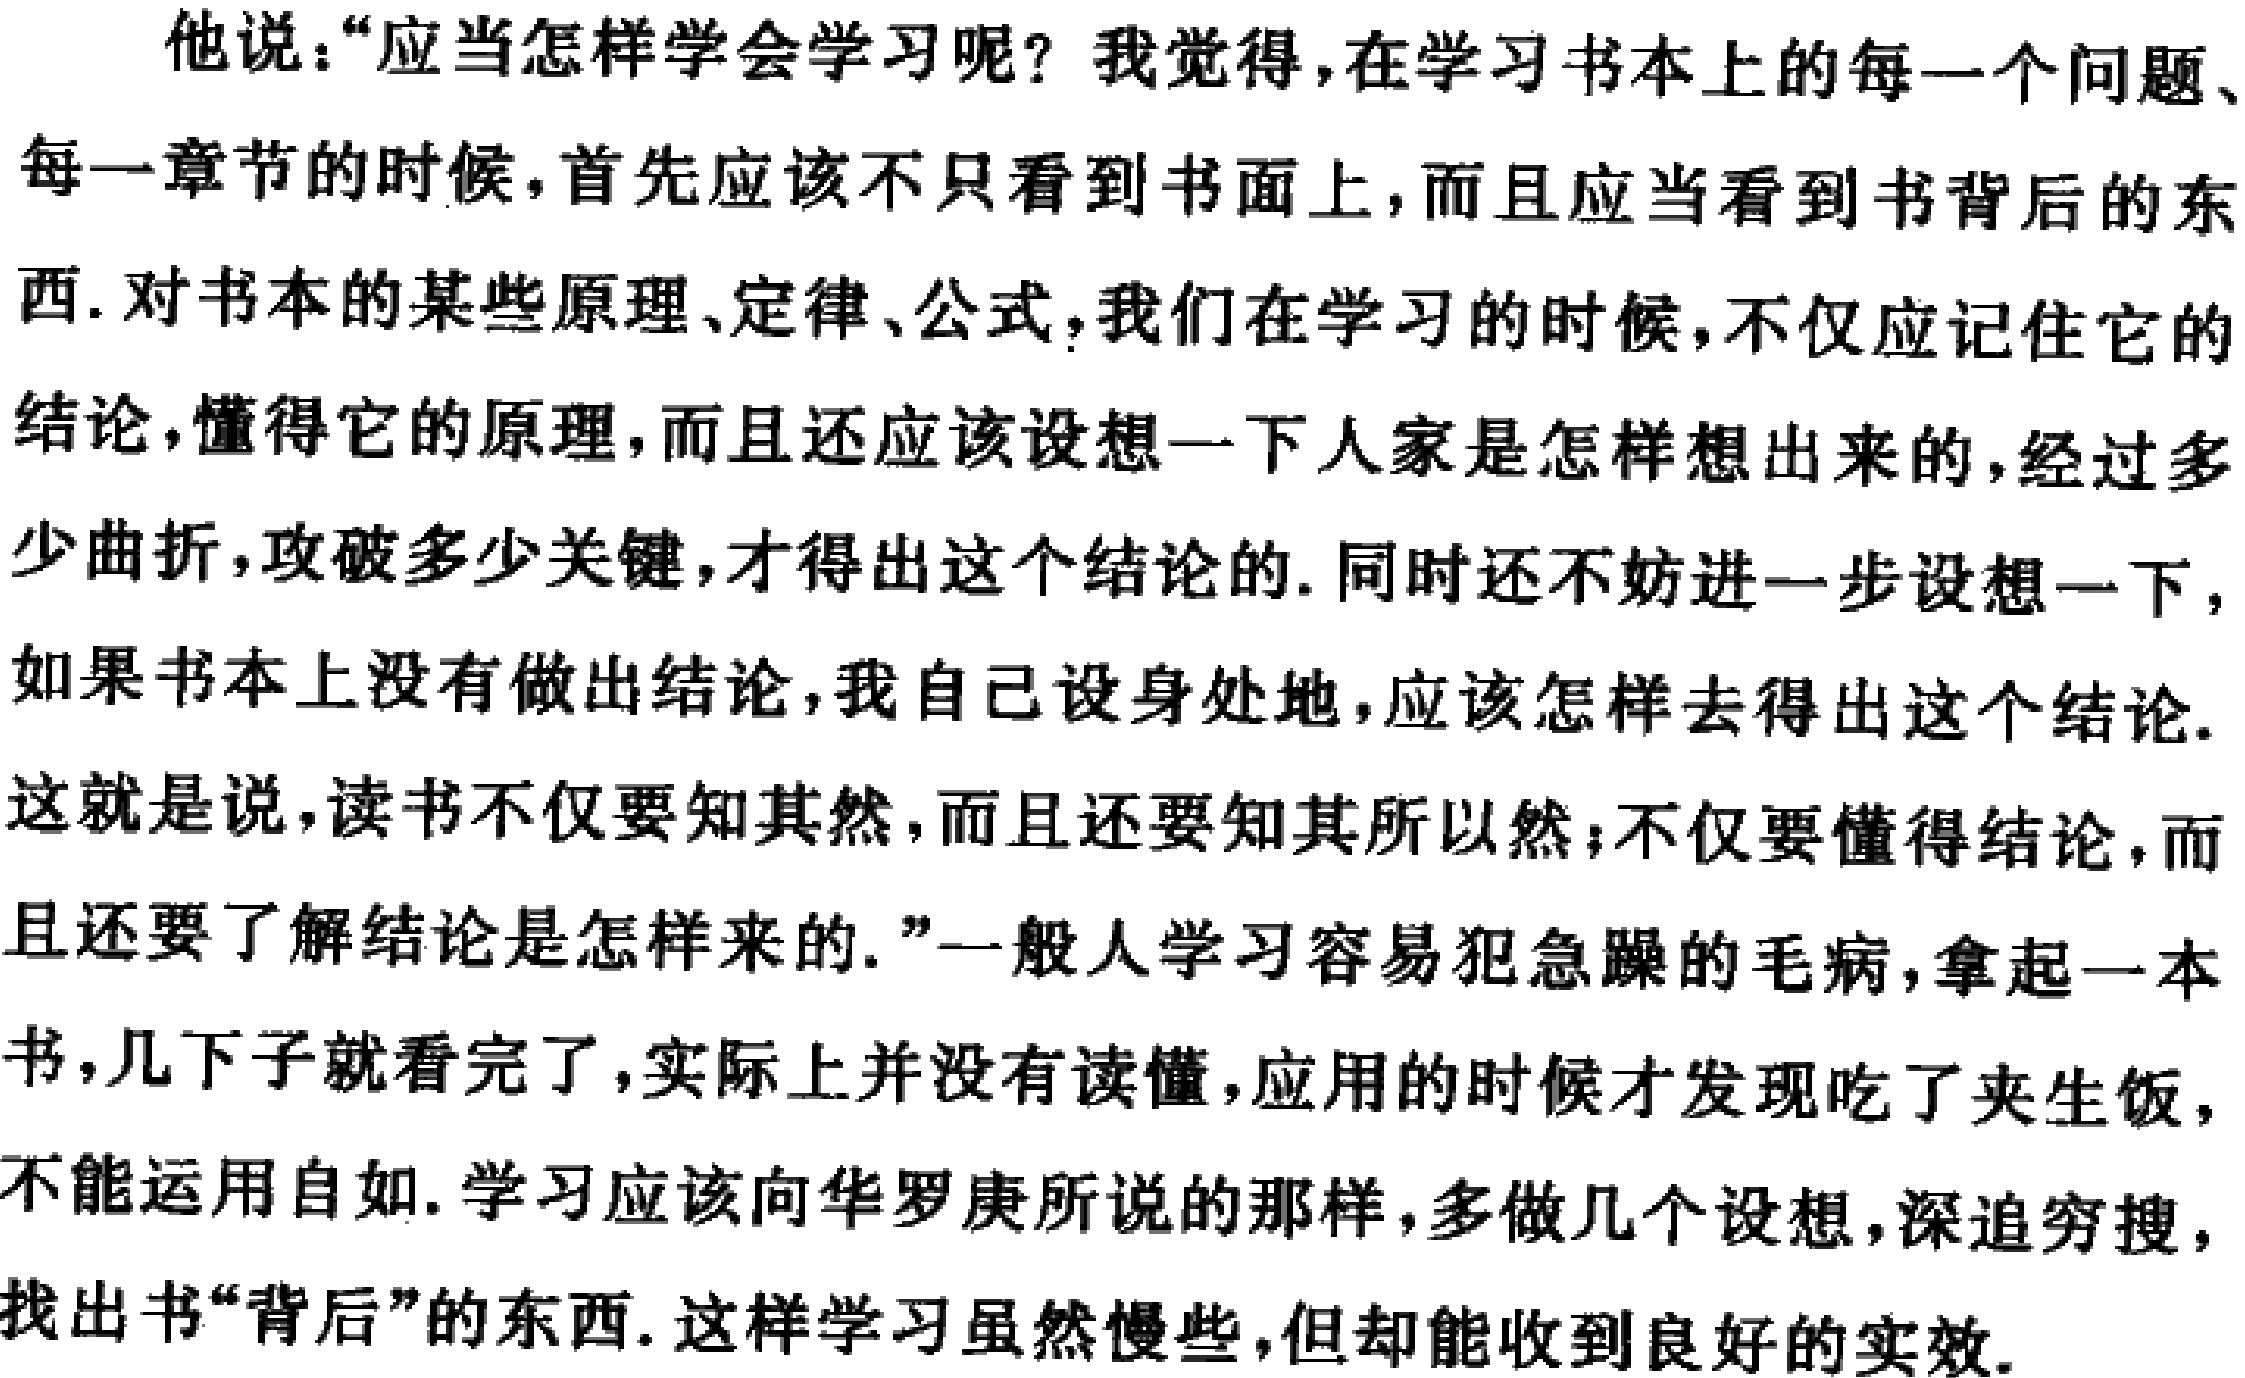
他说：“应当怎样学会学习呢？我觉得，在学习书本上的每一个问题、每一章节的时候，首先应该不只看到书面上，而且应当看到书背后的东西. 对书本的某些原理、定律、公式，我们在学习的时候，不仅应记住它的结论，懂得它的原理，而且还应该设想一下人家是怎样想出来的，经过多少曲折，攻破多少关键，才得出这个结论的. 同时还不妨进一步设想一下，如果书本上没有做出结论，我自己设身处地，应该怎样去得出这个结论. 这就是说，读书不仅要知其然，而且还要知其所以然；不仅要懂得结论，而且还要了解结论是怎样来的.”一般人学习容易犯急躁的毛病，拿起一本书，几下子就看完了，实际上并没有读懂，应用的时候才发现吃了夹生饭，不能运用自如. 学习应该向华罗庚所说的那样，多做几个设想，深追穷搜，找出书“背后”的东西. 这样学习虽然慢些，但却能收到良好的实效.